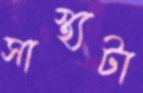
সাস্থ্যটা